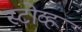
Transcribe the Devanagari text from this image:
स्टोव्ह